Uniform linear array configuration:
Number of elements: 48
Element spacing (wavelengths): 0.75
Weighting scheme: blackman
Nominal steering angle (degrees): -15
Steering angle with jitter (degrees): -16.355
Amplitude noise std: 0.05
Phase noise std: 0.05

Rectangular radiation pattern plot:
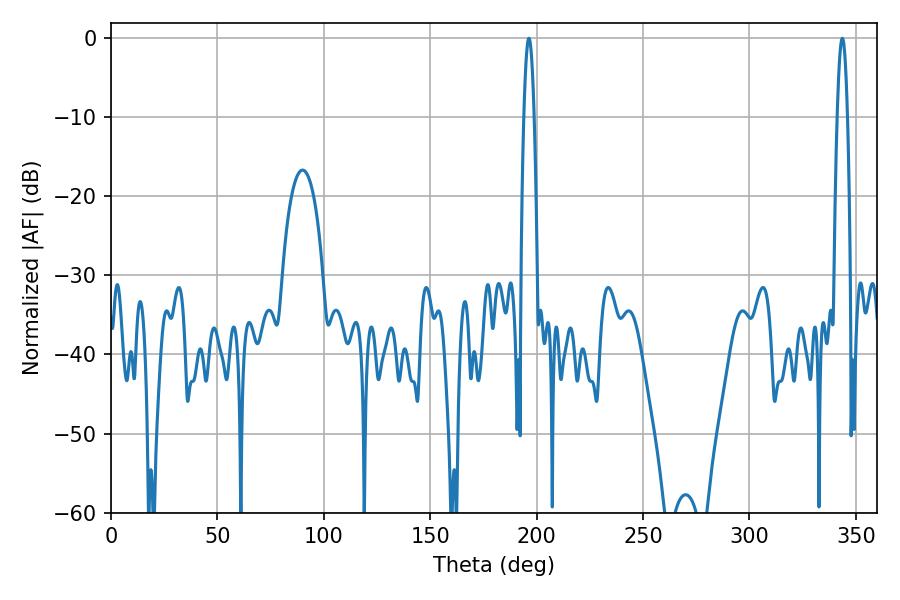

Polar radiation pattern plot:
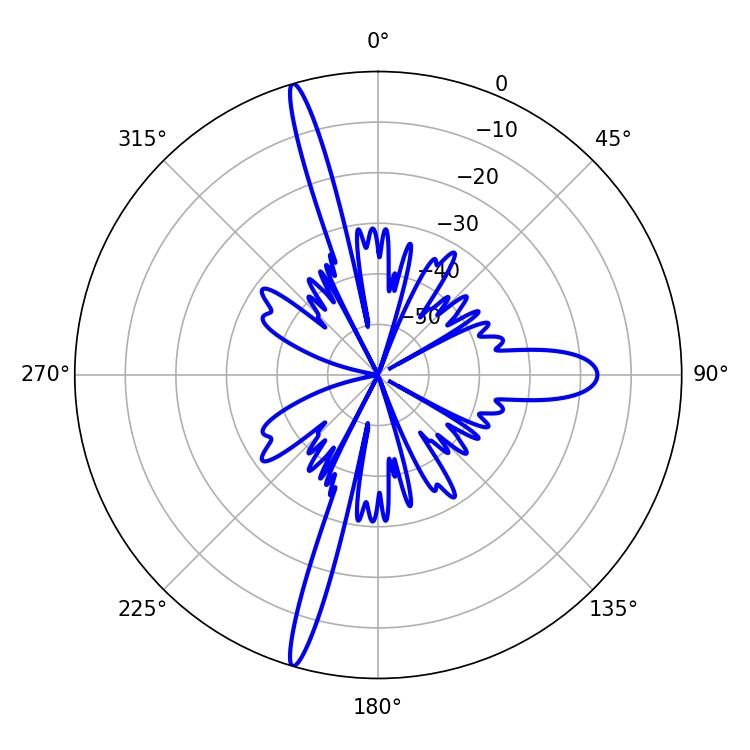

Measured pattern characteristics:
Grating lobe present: TRUE
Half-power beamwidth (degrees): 2.52
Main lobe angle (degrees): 196.38